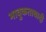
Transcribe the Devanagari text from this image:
भावुकतावादी